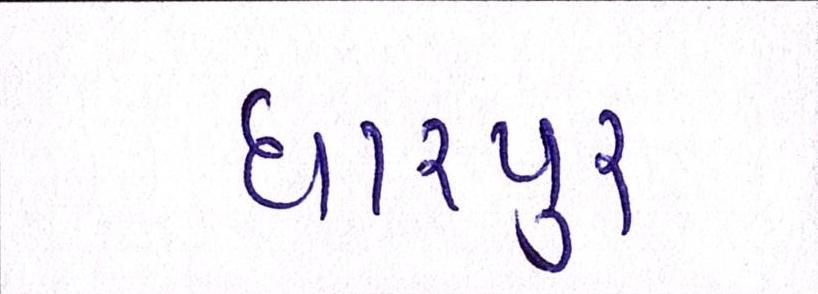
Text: ધારપુર